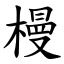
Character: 槾